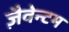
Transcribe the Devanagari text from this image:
ज़ैवेन्टम